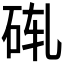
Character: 𬒄